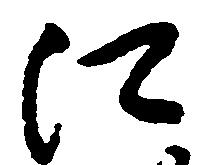
江